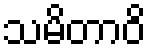
သမိတာဝိ